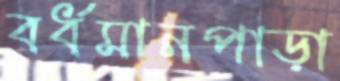
বর্ধমানপাড়া